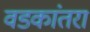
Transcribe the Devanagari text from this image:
वडकांतरा